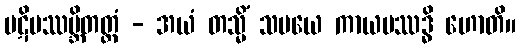
ပဋိပဿမ္ဘိတတ္တံ - အယံ တသ္မိံ သမယေ ကာယပဿဒ္ဓိ ဟောတိ။